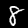
Digit: 8